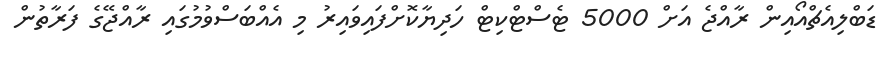
ޑަބްލިއެޗްއޯއިން ރާއްޖެ އަށް 5000 ޓެސްޓްކިޓް ހަދިޔާކޮށްފައިވައިރު މި އެއްބަސްވުމުގައި ރާއްޖޭގެ ފަރާތުން